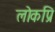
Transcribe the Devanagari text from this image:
लोकप्रि